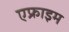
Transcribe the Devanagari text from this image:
एफ्राइम